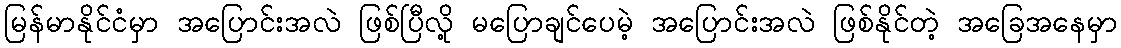
မြန်မာနိုင်ငံမှာ အပြောင်းအလဲ ဖြစ်ပြီလို့ မပြောချင်ပေမဲ့ အပြောင်းအလဲ ဖြစ်နိုင်တဲ့ အခြေအနေမှာ